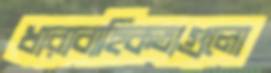
ধারাবাহিকতাগুলো